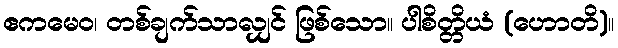
ဧကမေဝ၊ တစ်ချက်သာလျှင် ဖြစ်သော။ ပါစိတ္တိယံ (ဟောတိ)။